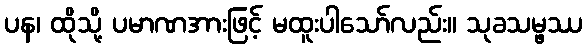
ပန၊ ထိုသို့ ပမာဏအားဖြင့် မထူးပါသော်လည်း။ သုခသမ္ဖဿ